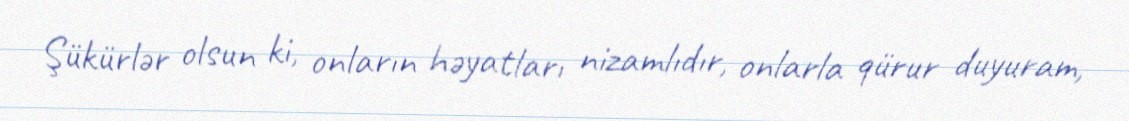
Şükürlər olsun ki, onların həyatları nizamlıdır, onlarla qürur duyuram,